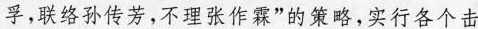
孚，联络孙传芳，不理张作霖”的策略，实行各个击